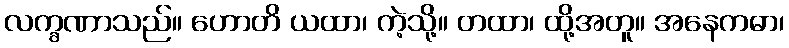
လက္ခဏာသည်။ ဟောတိ ယထာ၊ ကဲ့သို့။ တထာ၊ ထို့အတူ။ အနေကဓာ၊